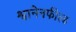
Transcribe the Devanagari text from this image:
श्वानेनफील्ड